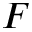
F